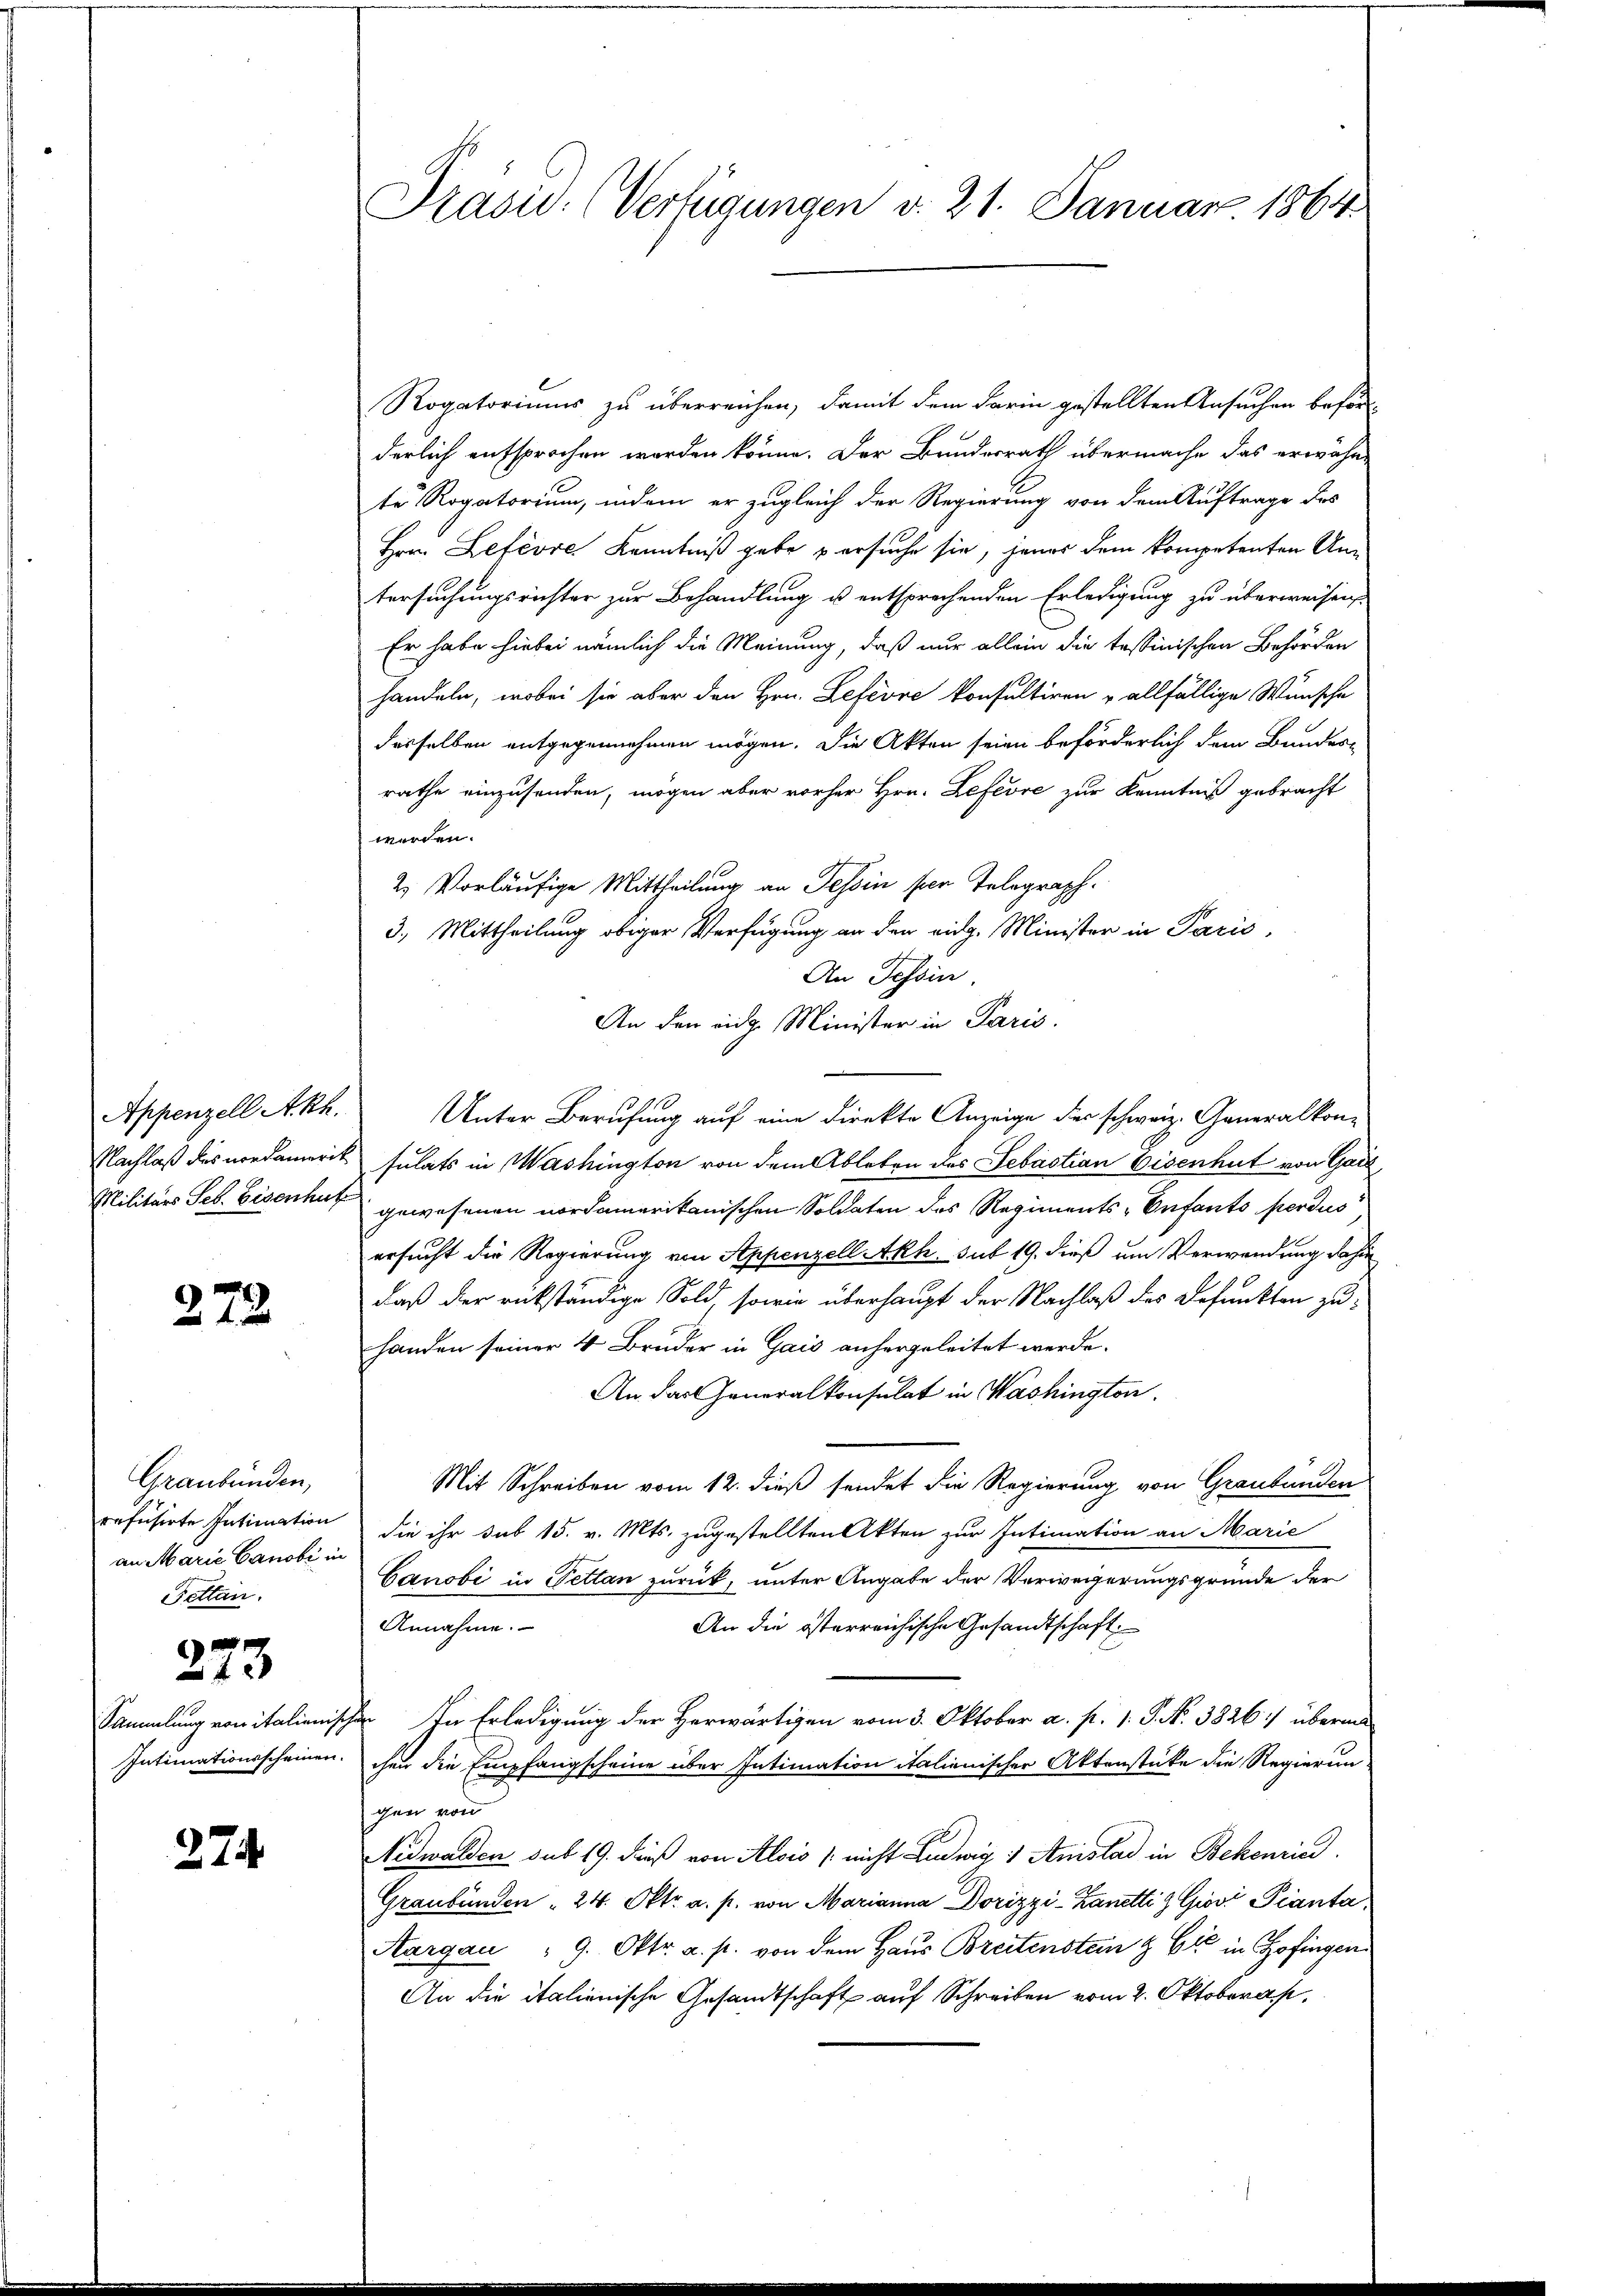
272

Graubünden,
refusirte Intimation
an Marie Canobi in
Pettan.
273

274.

Rogatoriums zu überreichen, damit dem darin gestellten Ansuchen beförderlich aufsprochen worden könne. Der Bundesrath übermache das erwähn-
te Rogatorium, indem er zugleich der Regierung von dem Auftrage des
Hrn. Lefevre Kenntniß gebe u ersuche sie, jenes dem kompetenten Untersuchungsrichter zur Behandlung u. entsprechenden Erledigung zu überweisen,
Er habe hiebei nämlich die Meinung, daß nur allein die tessinischen Behörden
handeln, wobei sie aber den Hrn. Lefevre konsultiren u allfällige Wünsche
desselben entgegennehmen mögen. Die Akten seien beförderlich dem Bander-
rathe einzusenden, mögen aber vorher Hrn. Lefevre zur Kenntniß gebracht
werden.
2. Vorläufige Mittheilung an Tessin per Telegraph.
3. Mittheilung obiger Verfügung an den eidg. Minister in Paris,
An Tessin.
An den eidg. Minister in Paris.
Appenzell Akh. Unter Berufung auf eine direkte Anzeige der schweiz. Generalkon-
Nachlaß des nordamerit sulats in Washington von dem Ableben des Sebastian Eisenheit von Gart
Militärs Seb. Eisenhut gewesenen nordamerikanischen Soldaten des Regiments-Enfants perdus,
ersucht die Regierung von Appenzell Akh. sub 19. dieß um Verwendung dahin
daß der rükständige Sold, sowie überhaupt der Nachlaß des Befunkten zuhanden seiner 4 Bruder in Gais anhergeleitet werde.
An das Generalkonsulat in Washington
Mit Schreiben vom 12. dieß sendet die Regierung von Graubünden
die ihr sub 15. v. Mts. zugestellten Akten zur Intimation an Marie
Canobi in Pettan zurück, unter Angabe der Verweigerungsgründe der
Annahme.
An die österreichische Gesandtschaft
Sammlung von italienischen In Erledigung der Herwärtigen vom 3. Oktober a. p. 1. P. N. 3826 überm
Intimationsscheinen chen die Empfangscheine über Intimation italienischer Aktenstücke die Regierun
gen von
Nidwalden sub 19. dieß von Alois / nicht Ludwig 1 Anislad in Bekenried
Graubünden " 24. Okt. a. p. von Marianna Dorizzi-Zanetti & Giovi Pianta,
Aargau " 9. Oktr. a. p. von dem Haus Breitenstein & Cie in Zofingen
An die italienische Gesandtschaft auf Schreiben vom 2. Oktobers

Prasis. (Verfügungen v. 21. Januar 1864